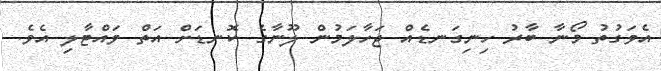
އެވަގުތު މޯނާ ބާރު ހިނިގަނޑެއް ޖަހާލަމުން ލޫނާގެ ކޮނޑަށް އަތް ވައްޓާލި އެވެ.